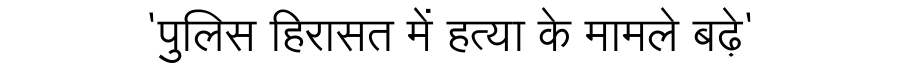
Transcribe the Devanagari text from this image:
'पुलिस हिरासत में हत्या के मामले बढ़े'